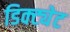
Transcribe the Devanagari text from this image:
डिक्ट्येट